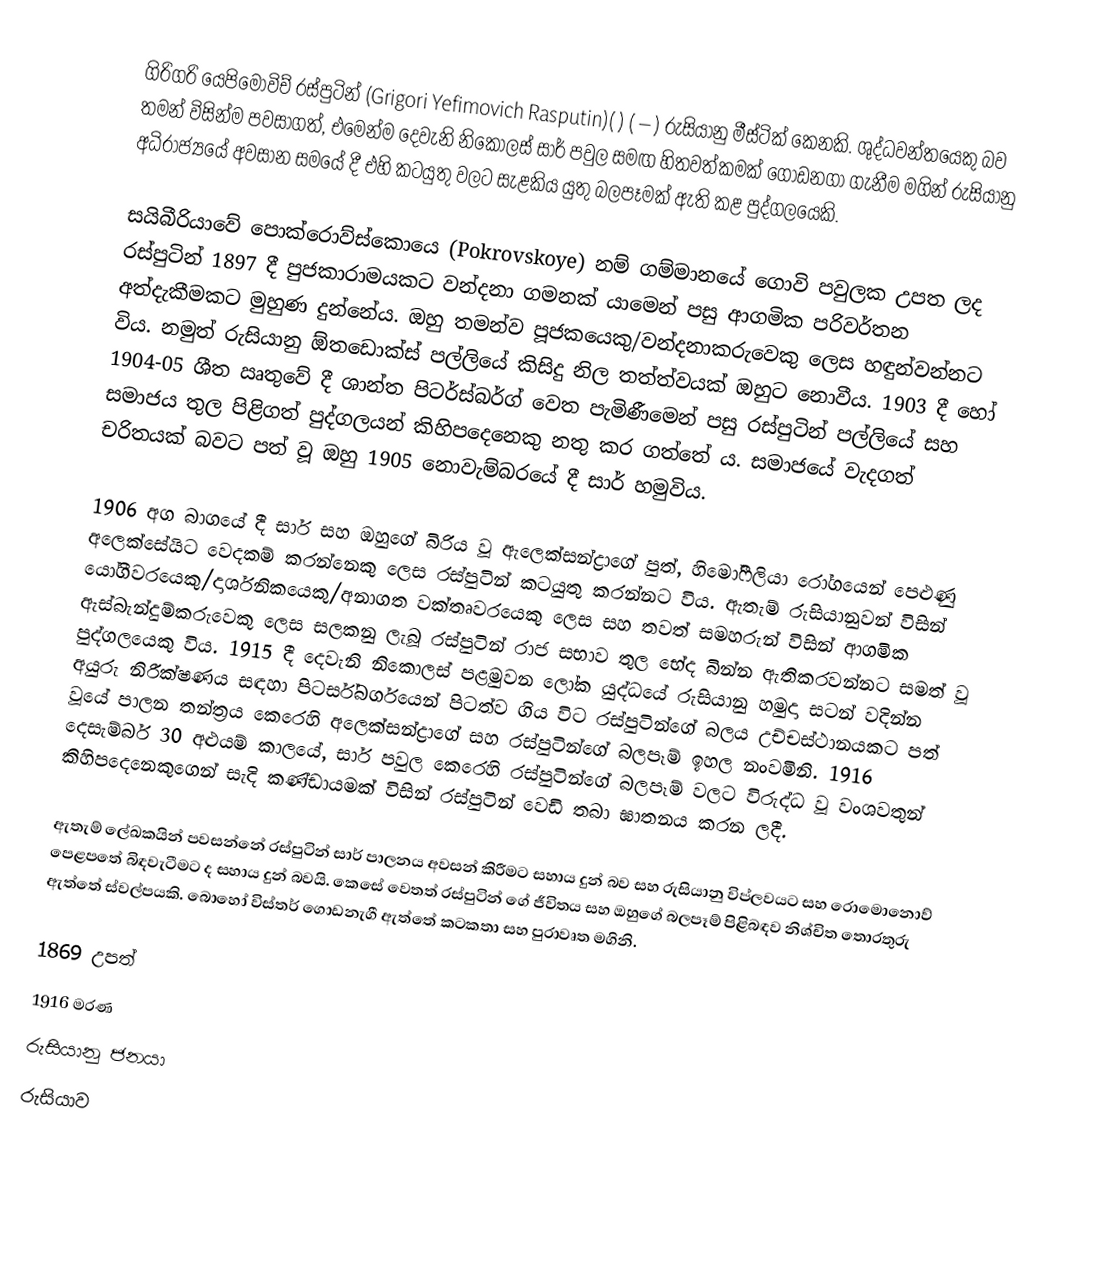
ගිරිගරි යෙපිමොවිච් රස්පුටින් (Grigori Yefimovich Rasputin)( ) ( – ) රුසියානු මීස්ටික් කෙනකි. ශුද්ධවන්තයෙකු බව තමන් විසින්ම පවසාගත්, එමෙන්ම දෙවැනි නිකොලස් සාර් පවුල සමඟ හිතවත්කමක් ගොඩනගා ගැනීම මගින් රුසියානු අධිරාජ්‍යයේ අවසාන සමයේ දී එහි කටයුතු වලට සැළකිය යුතු බලපෑමක් ඇති කළ පුද්ගලයෙකි.

සයිබීරියාවේ පොක්රොව්ස්කොයෙ (Pokrovskoye) නම් ගම්මානයේ ගොවි පවුලක උපත ලද රස්පුටින් 1897 දී පුජකාරාමයකට වන්දනා ගමනක් යාමෙන් පසු ආගමික පරිවර්තන අත්දැකීමකට මුහුණ දුන්නේය. ඔහු තමන්ව පූජකයෙකු/වන්දනාකරුවෙකු ලෙස හඳුන්වන්නට විය. නමුත් රුසියානු ඕතඩොක්ස් පල්ලියේ කිසිදු නිල තත්ත්වයක් ඔහුට නොවීය. 1903 දී හෝ 1904-05 ශීත ඍතුවේ දී ශාන්ත පිටර්ස්බර්ග් වෙත පැමිණීමෙන් පසු රස්පුටින් පල්ලියේ සහ සමාජය තුල පිළිගත් පුද්ගලයන් කිහිපදෙනෙකු නතු කර ගත්තේ ය. සමාජයේ වැදගත් චරිතයක් බවට පත් වූ ඔහු 1905 නොවැම්බරයේ දී සාර් හමුවිය.

1906 අග බාගයේ දී සාර් සහ ඔහුගේ බිරිය වූ ඇලෙක්සන්ද්‍රාගේ පුත්, හිමෝෆීලියා රෝගයෙන් පෙළුණු අලෙක්සේයිට වෙදකම් කරන්නෙකු ලෙස රස්පුටින් කටයුතු කරන්නට විය. ඇතැම් රුසියානුවන් විසින් යෝගීවරයෙකු/දාර්ශනිකයෙකු/අනාගත වක්තෘවරයෙකු ලෙස සහ තවත් සමහරුන් විසින් ආගමික ඇස්බැන්දුම්කරුවෙකු ලෙස සලකනු ලැබූ රස්පුටින් රාජ සභාව තුල භේද බින්න ඇතිකරවන්නට සමත් වූ පුද්ගලයෙකු විය. 1915 දී දෙවැනි නිකොලස් පළමුවන ලෝක යුද්ධයේ රුසියානු හමුදා සටන් වදින්න අයුරු නිරීක්ෂණය සඳහා පිටර්ස්බර්ගයෙන් පිටත්ව ගිය විට රස්පුටින්ගේ බලය උච්චස්ථානයකට පත් වූයේ පාලන තන්ත්‍රය කෙරෙහි අලෙක්සන්ද්‍රාගේ සහ රස්පුටින්ගේ බලපෑම් ඉහල නංවමිනි. 1916 දෙසැම්බර් 30 අළුයම් කාලයේ, සාර් පවුල කෙරෙහි රස්පුටින්ගේ බලපෑම් වලට විරුද්ධ වූ වංශවතුන් කිහිපදෙනෙකුගෙන් සැදි කණ්ඩායමක් විසින් රස්පුටින් වෙඩි තබා ඝාතනය කරන ලදී.

ඇතැම් ලේඛකයින් පවසන්නේ රස්පුටින් සාර් පාලනය අවසන් කිරීමට සහාය දුන් බව සහ රුසියානු විප්ලවයට සහ රොමොනොව් පෙළපතේ බිඳවැටීමට ද සහාය දුන් බවයි. කෙසේ වෙතත් රස්පුටින් ගේ ජීවිතය සහ ඔහුගේ බලපෑම් පිළිබඳව නිශ්චිත තොරතුරු ඇත්තේ ස්වල්පයකි. බොහෝ විස්තර් ගොඩනැගී ඇත්තේ කටකතා සහ පුරාවෘත මගිනි.

1869 උපත්
1916 මරණ
රුසියානු ජනයා
රුසියාව